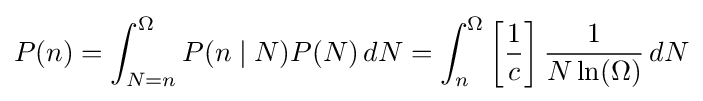
P(n)=\int _{N=n}^{\Omega }P(n\mid N)P(N)\,dN=\int _{n}^{\Omega }\left[{\frac {1}{c}}\right]{\frac {1}{N\ln(\Omega )}}\,dN